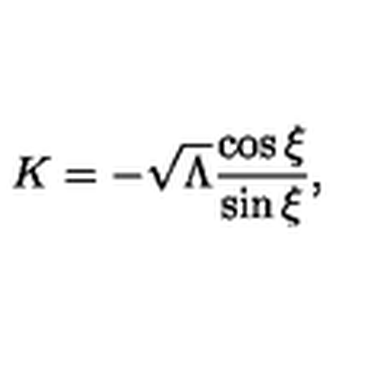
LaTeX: K = - \sqrt { \Lambda } \frac { \cos \xi } { \sin \xi } ,